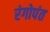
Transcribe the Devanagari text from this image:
रंगोपंत